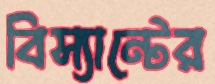
বিস্যান্টের